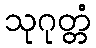
သုဂုတ္တံ